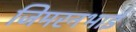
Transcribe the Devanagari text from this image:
जिमरनभाई